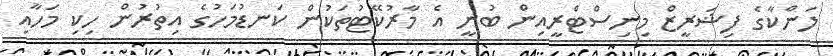
ލަންކާގެ ފިޝަރީޒް މިނިސްޓްރީއިން ބުނީ އެ މާރުކޭޓުތަކުން ކަނޑުމަހުގެ އިތުރުން ހިކި މަހާއި